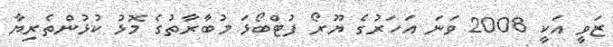
ޒަވީ އަކީ 2008 ވަނަ އަހަރުގެ ޔޫރޯ ފުޓްބޯޅަ މުބާރާތުގެ މޮޅު ކުޅުންތެރިޔާ